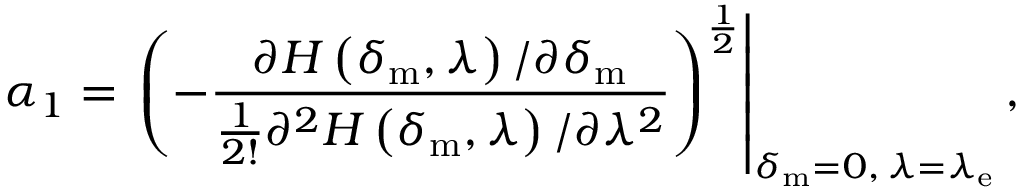
\alpha _ { 1 } = \left. \left( - \frac { \partial H \left( \delta _ { \mathrm { m } } , \lambda \right) / \partial \delta _ { \mathrm { m } } } { \frac { 1 } { 2 ! } \partial ^ { 2 } H \left( \delta _ { \mathrm { m } } , \lambda \right) / \partial \lambda ^ { 2 } } \right) ^ { \frac { 1 } { 2 } } \right| _ { \delta _ { \mathrm { m } } = 0 , \, \lambda = \lambda _ { \mathrm { e } } } ,